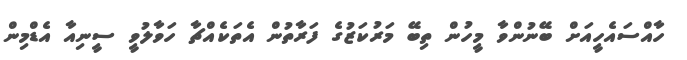
ހާއްސައެހީއަށް ބޭނުންވާ މީހުން ތިބޭ މަރުކަޒުގެ ފަރާތުން އެތަކެއްޗާ ހަވާލުވީ ސީނިއާ އެޑްމިން